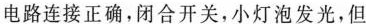
电路连接正确，闭合开关，小灯泡发光，但